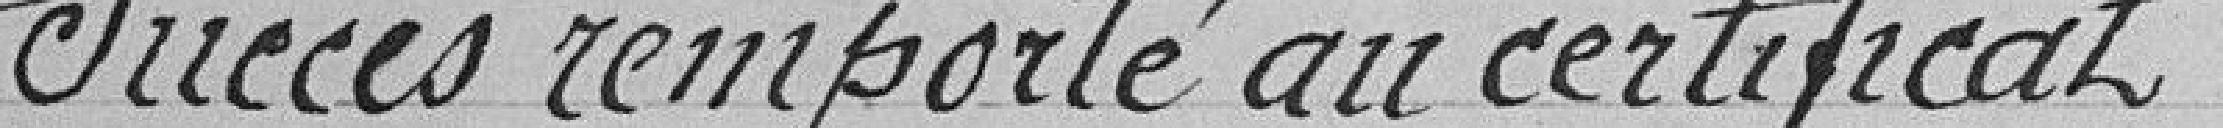
Succès remporté au certificat